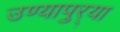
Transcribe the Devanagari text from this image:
उण्यापुर्‍या